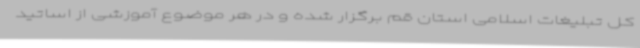
کل تبلیغات اسلامی استان قم برگزار شده و در هر موضوع آموزشی از اساتید